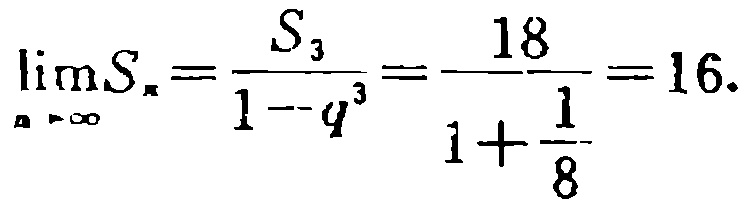
\(\lim_{n \to \infty}S_{n}=\frac{S_{3}}{1 - q^{3}}=\frac{18}{1+\frac{1}{8}} = 16.\)